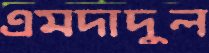
এমদাদুল